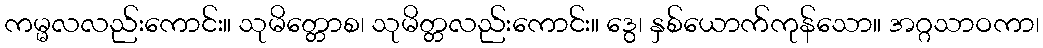
ကမ္မလလည်းကောင်း။ သုမိတ္တောစ၊ သုမိတ္တလည်းကောင်း။ ဒွေ၊ နှစ်ယောက်ကုန်သော။ အဂ္ဂသာဝကာ၊